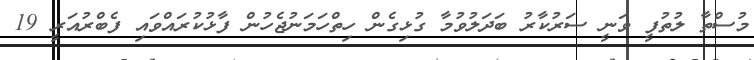
މުސްތާ ލުތުފީ ވަނީ ސަރުކާރު ބަދަލުވުމާ ގުޅިގެން ހިތްހަމަނުޖެހުން ފާޅުކުރައްވައި ފެބްރުއަރީ 19